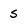
Character: 5